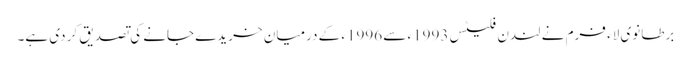
برطانوی لاء فرم نے لندن فلیٹس 1993ء سے 1996ء کے درمیان خریدے جانے کی تصدیق کر دی ہے۔